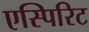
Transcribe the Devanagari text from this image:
एस्पिरिट